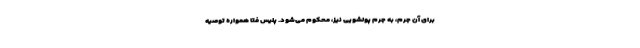
برای آن جرم، به جرم پولشویی نیز، محکوم می‌شود. پلیس فتا همواره توصیه